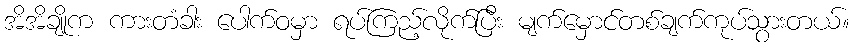
အိအိချိုက ကားတံခါး ပေါက်ဝမှာ ရပ်ကြည့်လိုက်ပြီး မျက်မှောင်တစ်ချက်ကုပ်သွားတယ်။